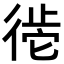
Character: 𪫒